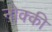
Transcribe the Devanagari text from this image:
नोक्की